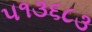
૫૧૩૬૮૩